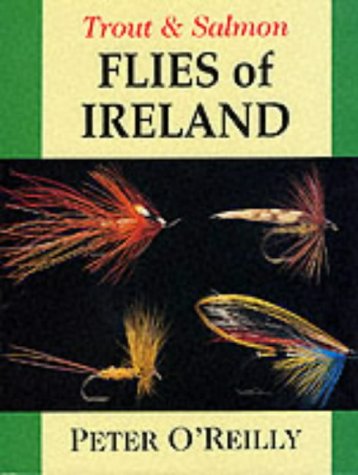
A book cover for Trout and Salmon Flies of Ireland; Peter O'Reilly; Sports & Outdoors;